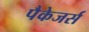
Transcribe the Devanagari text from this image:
पैकेजर्स